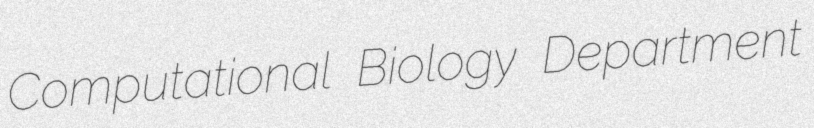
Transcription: Computational Biology Department